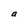
Character: e